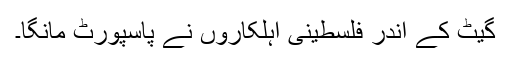
گیٹ کے اندر فلسطینی اہلکاروں نے پاسپورٹ مانگا۔